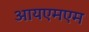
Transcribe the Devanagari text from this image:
आयएमएम